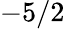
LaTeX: -5/2